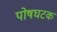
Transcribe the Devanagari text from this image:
पोषघटक